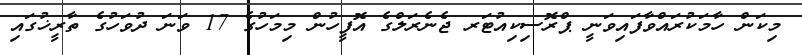
މިކަން ހާމަކުރައްވާފައިވަނީ ޕްރޮސިކިއުޓަރ ޖެނެރަލްގެ އޮފީހުން މިމަހުގެ 17 ވަނަ ދުވަހުގެ ތާރީޚުގައި